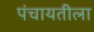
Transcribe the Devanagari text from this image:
पंचायतीला